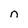
Character: n